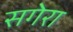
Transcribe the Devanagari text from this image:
सगेरा